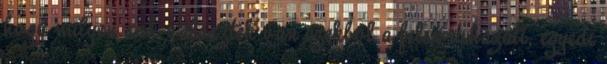
hogy milyen sok választék van ezekből a felsőruházati, egyedi